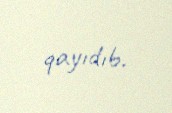
qayıdıb.